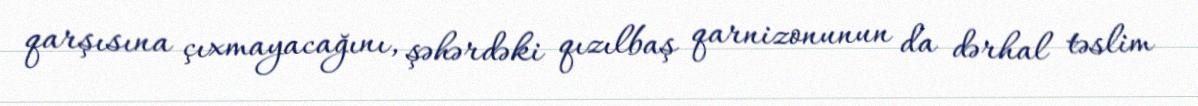
qarşısına çıxmayacağını, şəhərdəki qızılbaş qarnizonunun da dərhal təslim